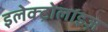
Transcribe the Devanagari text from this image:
इलेक्ट्रोलाइज़